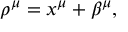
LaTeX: \rho ^ { \mu } = x ^ { \mu } + \beta ^ { \mu } ,